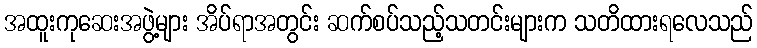
အထူးကုဆေးအဖွဲ့များ အိပ်ရာအတွင်း ဆက်စပ်သည့်သတင်းများက သတိထားရလေသည်